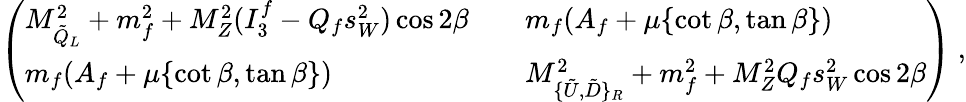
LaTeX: \left(\begin{array}{ll}{{M_{\tilde{Q}_{L}}^{2}+m_{f}^{2}+M_{Z}^{2}(I_{3}^{f}-Q_{f}s_{W}^{2})\cos 2\beta}}&{{\quad m_{f}(A_{f}+\mu\{ \cot\beta,\tan\beta\} )}}\\ {{m_{f}(A_{f}+\mu\{ \cot\beta,\tan\beta\} )}}&{{\quad M_{\{ \tilde{U},\tilde{D}\} _{R}}^{2}+m_{f}^{2}+M_{Z}^{2}Q_{f}s_{W}^{2}\cos 2\beta}}\end{array}\right)\ ,